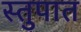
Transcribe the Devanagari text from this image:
स्तुपात